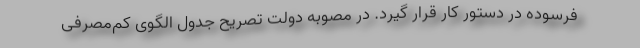
فرسوده در دستور کار قرار گیرد. در مصوبه دولت تصریح جدول الگوی کم‌مصرفی